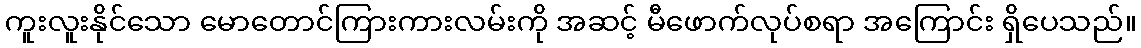
ကူးလူးနိုင်သော မောတောင်ကြားကားလမ်းကို အဆင့် မီဖောက်လုပ်စရာ အကြောင်း ရှိပေသည်။